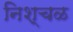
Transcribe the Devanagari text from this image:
निश्चळ